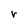
Character: r